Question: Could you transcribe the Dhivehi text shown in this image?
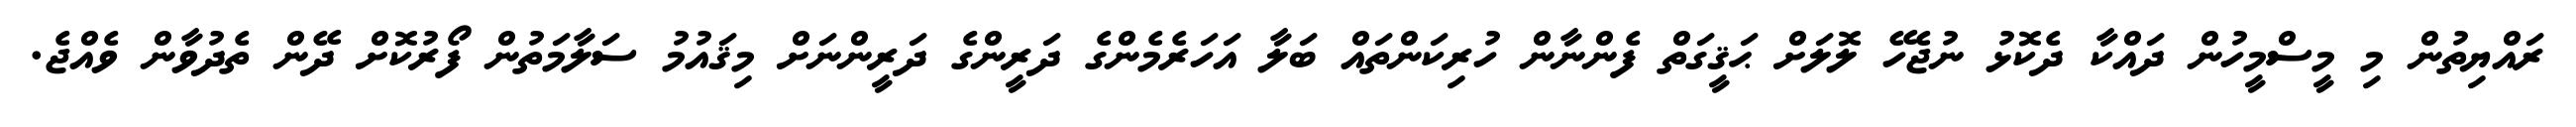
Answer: ރައްޔިތުން މި މީސްމީހުން ދައްކާ ދެކޮޅު ނުޖެހޭ ލޮލަށް ޙަޤީގަތް ފެންނާން ހުރިކަންތައް ބަލާ އަހަރެމެންގެ ދަރީންގެ ދަރީންނަށް މިޤައުމު ސަލާމަތުން ފޯރުކޮށް ދޭން ތެދުވާން ވެއްޖެ.